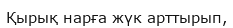
Қырық нарға жүк арттырып,